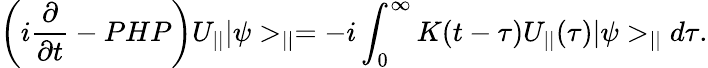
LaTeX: \left(i\frac{\partial}{\partial t}-PHP\right)U_{||}|\psi>_{||}=-i\int_{0}^{\infty}K(t-\tau)U_{||}(\tau)|\psi>_{||}d\tau.